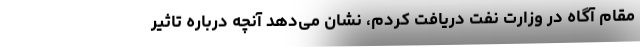
مقام آگاه در وزارت نفت دریافت كردم، نشان می‌دهد آنچه درباره تاثیر